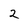
Character: 2